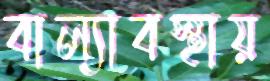
বাল্যাবস্থায়